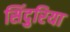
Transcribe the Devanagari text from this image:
सिंदुरिया